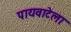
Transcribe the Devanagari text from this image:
पायवाटेला